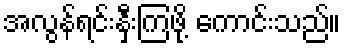
အလွန်ရင်းနှီးကြဖို့ ကောင်းသည်။